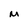
Character: M